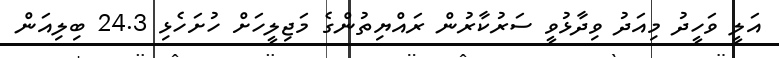
އަލީ ވަހީދު މިއަދު ވިދާޅުވީ ސަރުކާރުން ރައްޔިތުންގެ މަޖިލީހަށް ހުށަހެޅި 24.3 ބިލިއަން